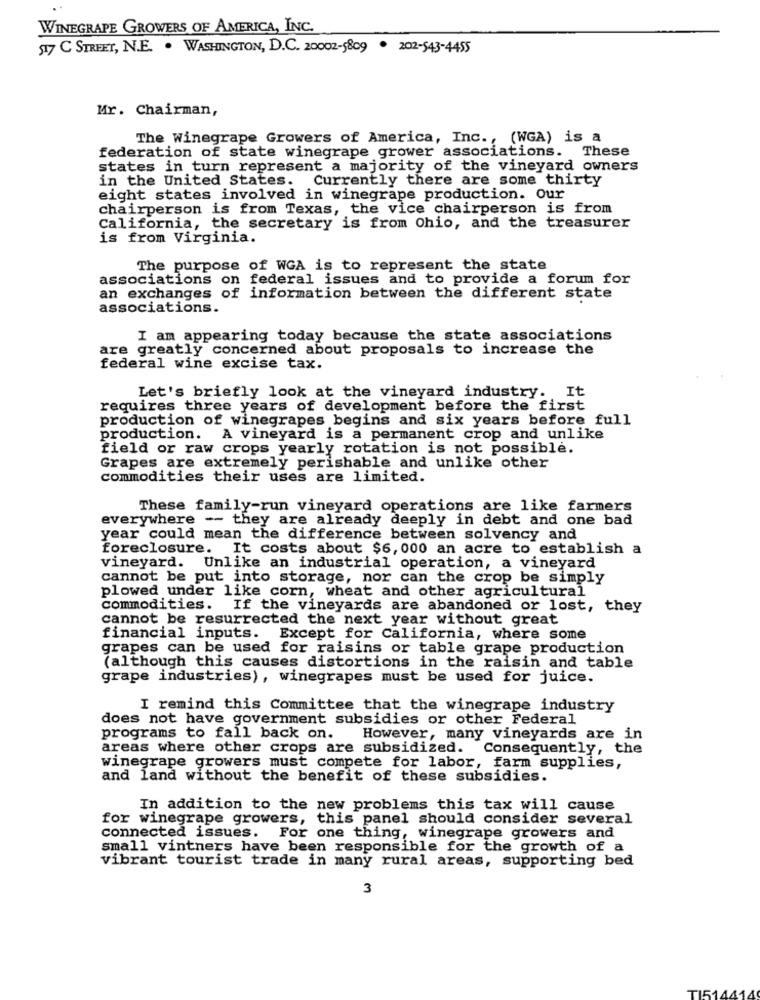
WINEGRAPE GROWERS OF AMERICA, INC.
$17 C STREET, N.E. . WASHINGTON, D.C. 20002-5809 . 202-543-4455
Mr. Chairman,
The Winegrape Growers of America, Inc ., (WGA) is a
federation of state winegrape grower associations. These
states in turn represent a majority of the vineyard owners
in the United States. Currently there are some thirty
eight states involved in winegrape production. Our
chairperson is from Texas, the vice chairperson is from
California, the secretary is from Ohio, and the treasurer
is from Virginia.
The purpose of WGA is to represent the state
associations on federal issues and to provide a forum for
an exchanges of information between the different state
associations.
I am appearing today because the state associations
are greatly concerned about proposals to increase the
federal wine excise tax.
Let's briefly look at the vineyard industry. It
requires three years of development before the first
production of winegrapes begins and six years before full
production. A vineyard is a permanent crop and unlike
field or raw crops yearly rotation is not possible.
Grapes are extremely perishable and unlike other
commodities their uses are limited.
These family-run vineyard operations are like farmers
everywhere -- they are already deeply in debt and one bad
year could mean the difference between solvency and
foreclosure.
It costs about $6, 000 an acre to establish a
vineyard. Unlike an industrial operation, a vineyard
cannot be put into storage, nor can the crop be simply
plowed under like corn, wheat and other agricultural
commodities. If the vineyards are abandoned or lost, they
cannot be resurrected the next year without great
financial inputs. Except for California, where some
grapes can be used for raisins or table grape production
(although this causes distortions in the raisin and table
grape industries), winegrapes must be used for juice.
I remind this Committee that the winegrape industry
does not have government subsidies or other Federal
programs to fall back on.
However, many vineyards are in
areas where other crops are subsidized. Consequently, the
winegrape growers must compete for labor, farm supplies,
and land without the benefit of these subsidies.
In addition to the new problems this tax will cause
for winegrape growers, this panel should consider several
connected issues. For one thing, winegrape growers and
small vintners have been responsible for the growth of a
vibrant tourist trade in many rural areas, supporting bed
3